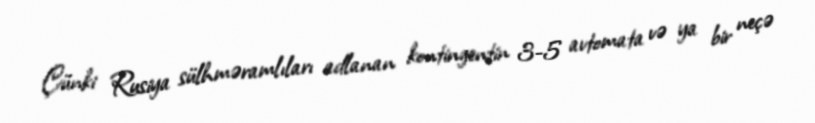
Çünki Rusiya sülhməramlıları adlanan kontingentin 3-5 avtomata və ya bir neçə